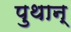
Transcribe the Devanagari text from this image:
पुथान्